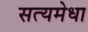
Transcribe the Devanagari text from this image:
सत्यमेधा